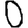
Digit: 0